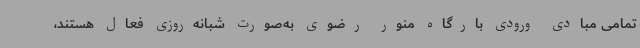
تمامی مبادی ورودی بارگاه منور رضوی به‌صورت شبانه‌روزی فعال هستند،